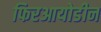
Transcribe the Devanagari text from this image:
फिरआयोडीन